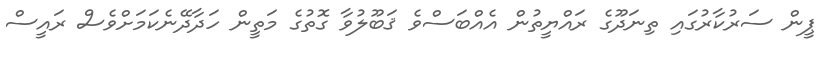
ޕީން ސަރުކާރުގައި ތިނަދޫގެ ރައްޔީތުން އެއްބަސްވެ ޤަބޫލުވާ ގޮތުގެ މަތީން ހަދާދޭނެކަމަށްވެސް ރައީސް